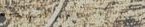
مركز لتدريب الأطفال على ا